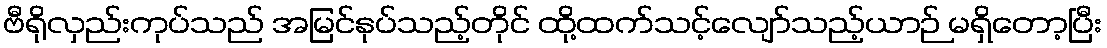
ဗီရိုလှည်းကုပ်သည် အမြင်နုပ်သည့်တိုင် ထို့ထက်သင့်လျော်သည့်ယာဉ် မရှိတော့ပြီး